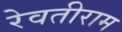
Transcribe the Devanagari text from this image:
रेवतीराम